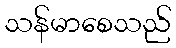
သန်မာစေသည်